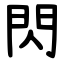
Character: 閃